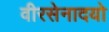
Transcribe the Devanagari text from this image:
वीरसेनादयो